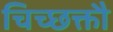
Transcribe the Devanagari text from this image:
चिच्छक्तौ